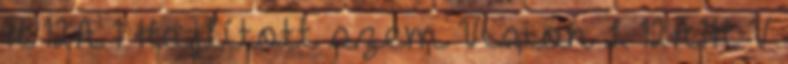
H 12A 1 Hajlított szem Vision L 12A1H V